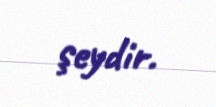
şeydir.